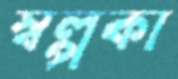
স্বল্পকা